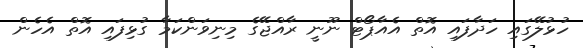
ހުޅުލޭގައި ހަދާފައި އޮތް އެއާޕޯޓް ނޫނީ ރާއްޖޭގެ މިނިވަންކަމާ ގުޅިފައި އޮތް އެހެން